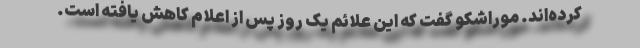
کرده‌اند. موراشکو گفت که این علائم یک روز پس از اعلام کاهش یافته است.